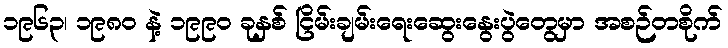
၁၉၆၃၊ ၁၉၈၀ နဲ့ ၁၉၉၀ ခုနှစ် ငြိမ်းချမ်းရေးဆွေးနွေးပွဲတွေမှာ အစဉ်တစိုက်